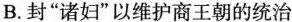
B.封”诸妇”以维护商王朝的统治